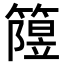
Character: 𥳲